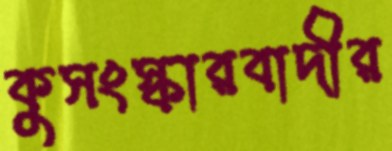
কুসংস্কারবাদীর